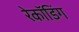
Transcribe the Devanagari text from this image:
रेकॉडिंग